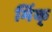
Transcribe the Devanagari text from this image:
मिंक्